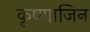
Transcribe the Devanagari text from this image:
कृष्णाजिन